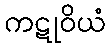
ကဋုဝိယံ